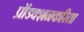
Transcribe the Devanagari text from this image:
प्रॉडक्शनकरिता